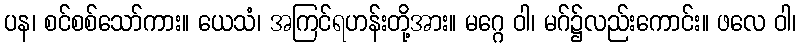
ပန၊ စင်စစ်သော်ကား။ ယေသံ၊ အကြင်ရဟန်းတို့အား။ မဂ္ဂေ ဝါ၊ မဂ်၌လည်းကောင်း။ ဖလေ ဝါ၊